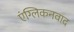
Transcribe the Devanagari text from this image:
एंग्लिकनवाद